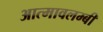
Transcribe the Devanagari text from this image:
आत्मावलम्बी